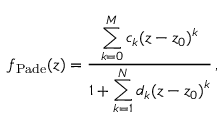
f _ { \mathrm { P a d e } } ( z ) = \frac { \displaystyle { \sum _ { k = 0 } ^ { M } } \, c _ { k } ( z - z _ { 0 } ) ^ { k } } { 1 + \displaystyle { \sum _ { k = 1 } ^ { N } } \, d _ { k } ( z - z _ { 0 } ) ^ { k } } \, ,